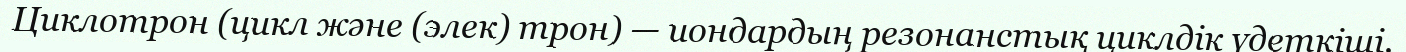
Циклотрон (цикл және (элек) трон) — иондардың резонанстық циклдік үдеткіші.